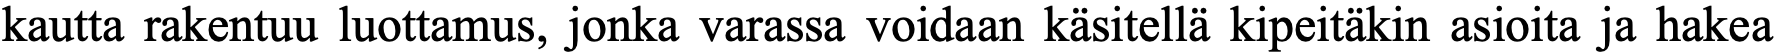
kautta rakentuu luottamus, jonka varassa voidaan käsitellä kipeitäkin asioita ja hakea